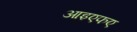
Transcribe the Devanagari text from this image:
आइएफए